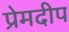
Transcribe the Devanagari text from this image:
प्रेमदीप